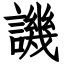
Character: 譏